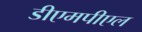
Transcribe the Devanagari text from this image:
डीएमपीएल